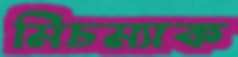
মিচম্যাক